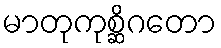
မာတုကုစ္ဆိဂတော